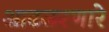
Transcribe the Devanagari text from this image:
आढळरणारे